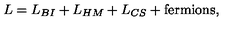
L = L _ { B I } + L _ { H M } + L _ { C S } + \mathrm { f e r m i o n s } ,